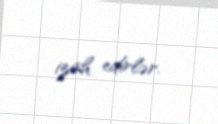
izah edirlər.